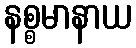
နစ္စမာနာယ